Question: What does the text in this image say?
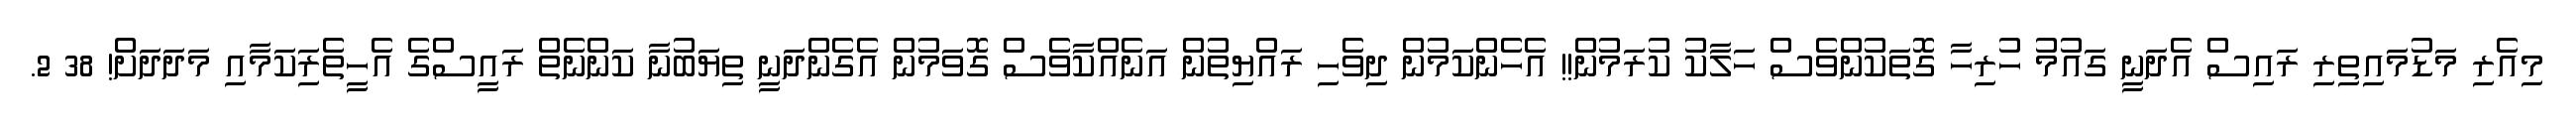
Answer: މިއެރި މަޑުމައިތިރި ރައިސް އެދަނީ ގައުމު ހުރިހާ ގޮތަކުންވެސް ހަލާކު ކުރަމުން!! އެހެންކަމުން ދިވެހި ރައްޔިތުން އަނެއްކާވެސް ގޮވަމުން އެގެންދަނީ ތިޔަބުނާ ކަންނެތް ރައީސްގެ އެހީތެރިަކަމާއި މަދަދަށް! 38 2.